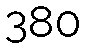
380